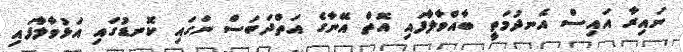
ނައިރާ އައިސް އެނދުމަތީ ބާއްވާލާފައި އޮތް އޭނާގެ އަތްދަބަސް ނަގައި ކޮނޑުގައި އަޅުވާލާފައި